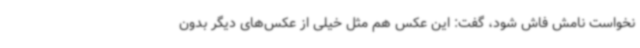
نخواست نامش فاش شود، گفت: این عکس هم مثل خیلی از عکس‌های دیگر بدون